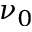
\nu _ { 0 }